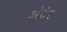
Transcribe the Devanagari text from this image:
अंटेर